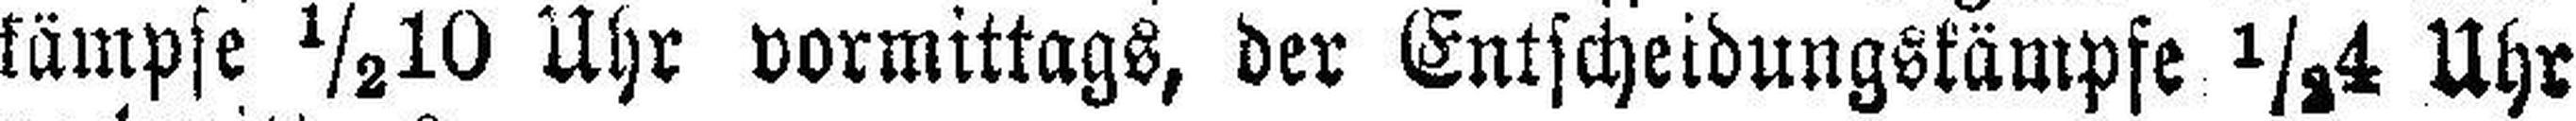
kämpfe ½10 Uhr vormittags, der Entscheidungskämpfe ½4 Uhr